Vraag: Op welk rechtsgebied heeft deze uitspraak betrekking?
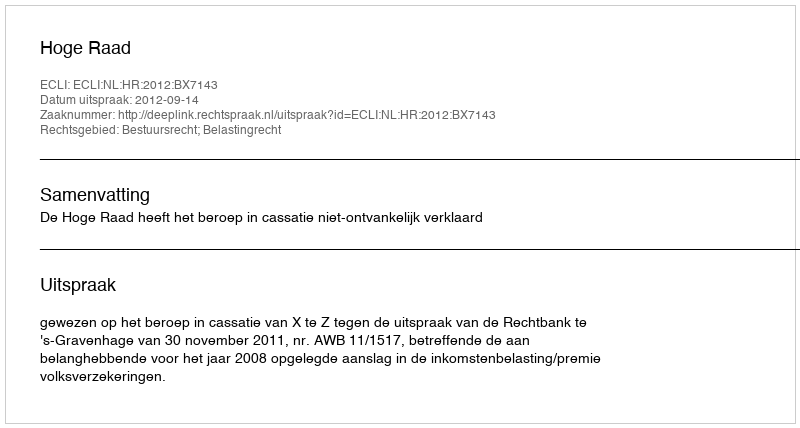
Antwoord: Bestuursrecht; Belastingrecht